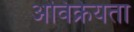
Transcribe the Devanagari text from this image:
अविक्रेयता